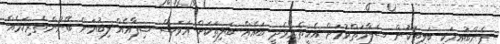
ފެންބުއިމަކީ ބަލިތަކުން ސަލާމަތްވުމަށް އެހީތެރިވެދީ ބައެއް ބަލިތަކަށް އަވަސް ޝިފާއެއް ލިބުމަށް ބޭނުންތެރިކަމެއް